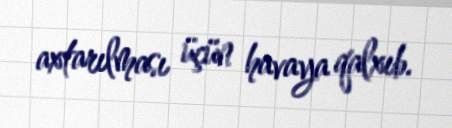
axtarılması üçün havaya qalxıb.